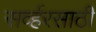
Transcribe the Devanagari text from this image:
सर्व्हरसाठी